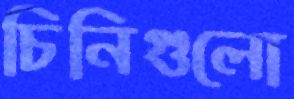
চিনিগুলো